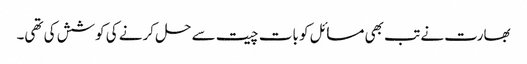
بھارت نے تب بھی مسائل کو بات چیت سے حل کرنے کی کوشش کی تھی۔